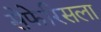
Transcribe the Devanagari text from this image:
सेफेरिसला